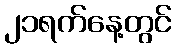
၂၁ရက်နေ့တွင်